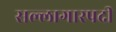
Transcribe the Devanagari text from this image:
सल्लागारपदी